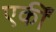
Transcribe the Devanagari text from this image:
एकीं